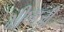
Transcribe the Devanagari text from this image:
भीष्मजी